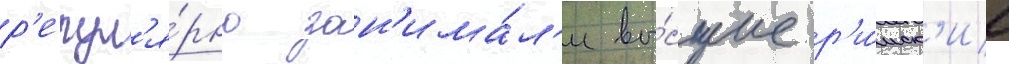
р'егул'я́рно зан'има́л'и вы́сшие р'и́мск'ие